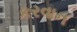
કરવાન